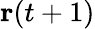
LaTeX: \textbf{r}(t+1)